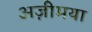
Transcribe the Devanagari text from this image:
अज़ीमया